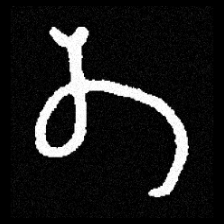
Pyu character \u2014 Myanmar letter: တ (romanized: ta)